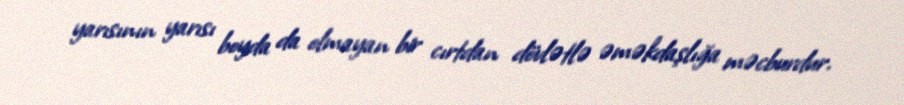
yarısının yarısı boyda da olmayan bir cırtdan dövlətlə əməkdaşlığa məcburdur.